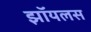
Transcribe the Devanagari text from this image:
झॉयलस